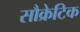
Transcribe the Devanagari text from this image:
सौक्रेटिक